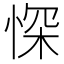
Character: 㤾